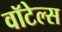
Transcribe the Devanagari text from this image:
वॉटेल्स